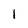
Character: 1